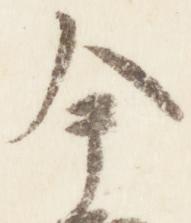
今